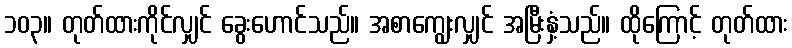
၁၀၃။ တုတ်ထားကိုင်လျှင် ခွေးဟောင်သည်။ အစာကျွေးလျှင် အမြီးနှံ့သည်။ ထိုကြောင့် တုတ်ထား